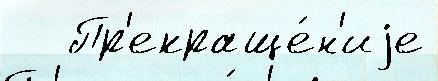
   Пр'екраще́н'иjе